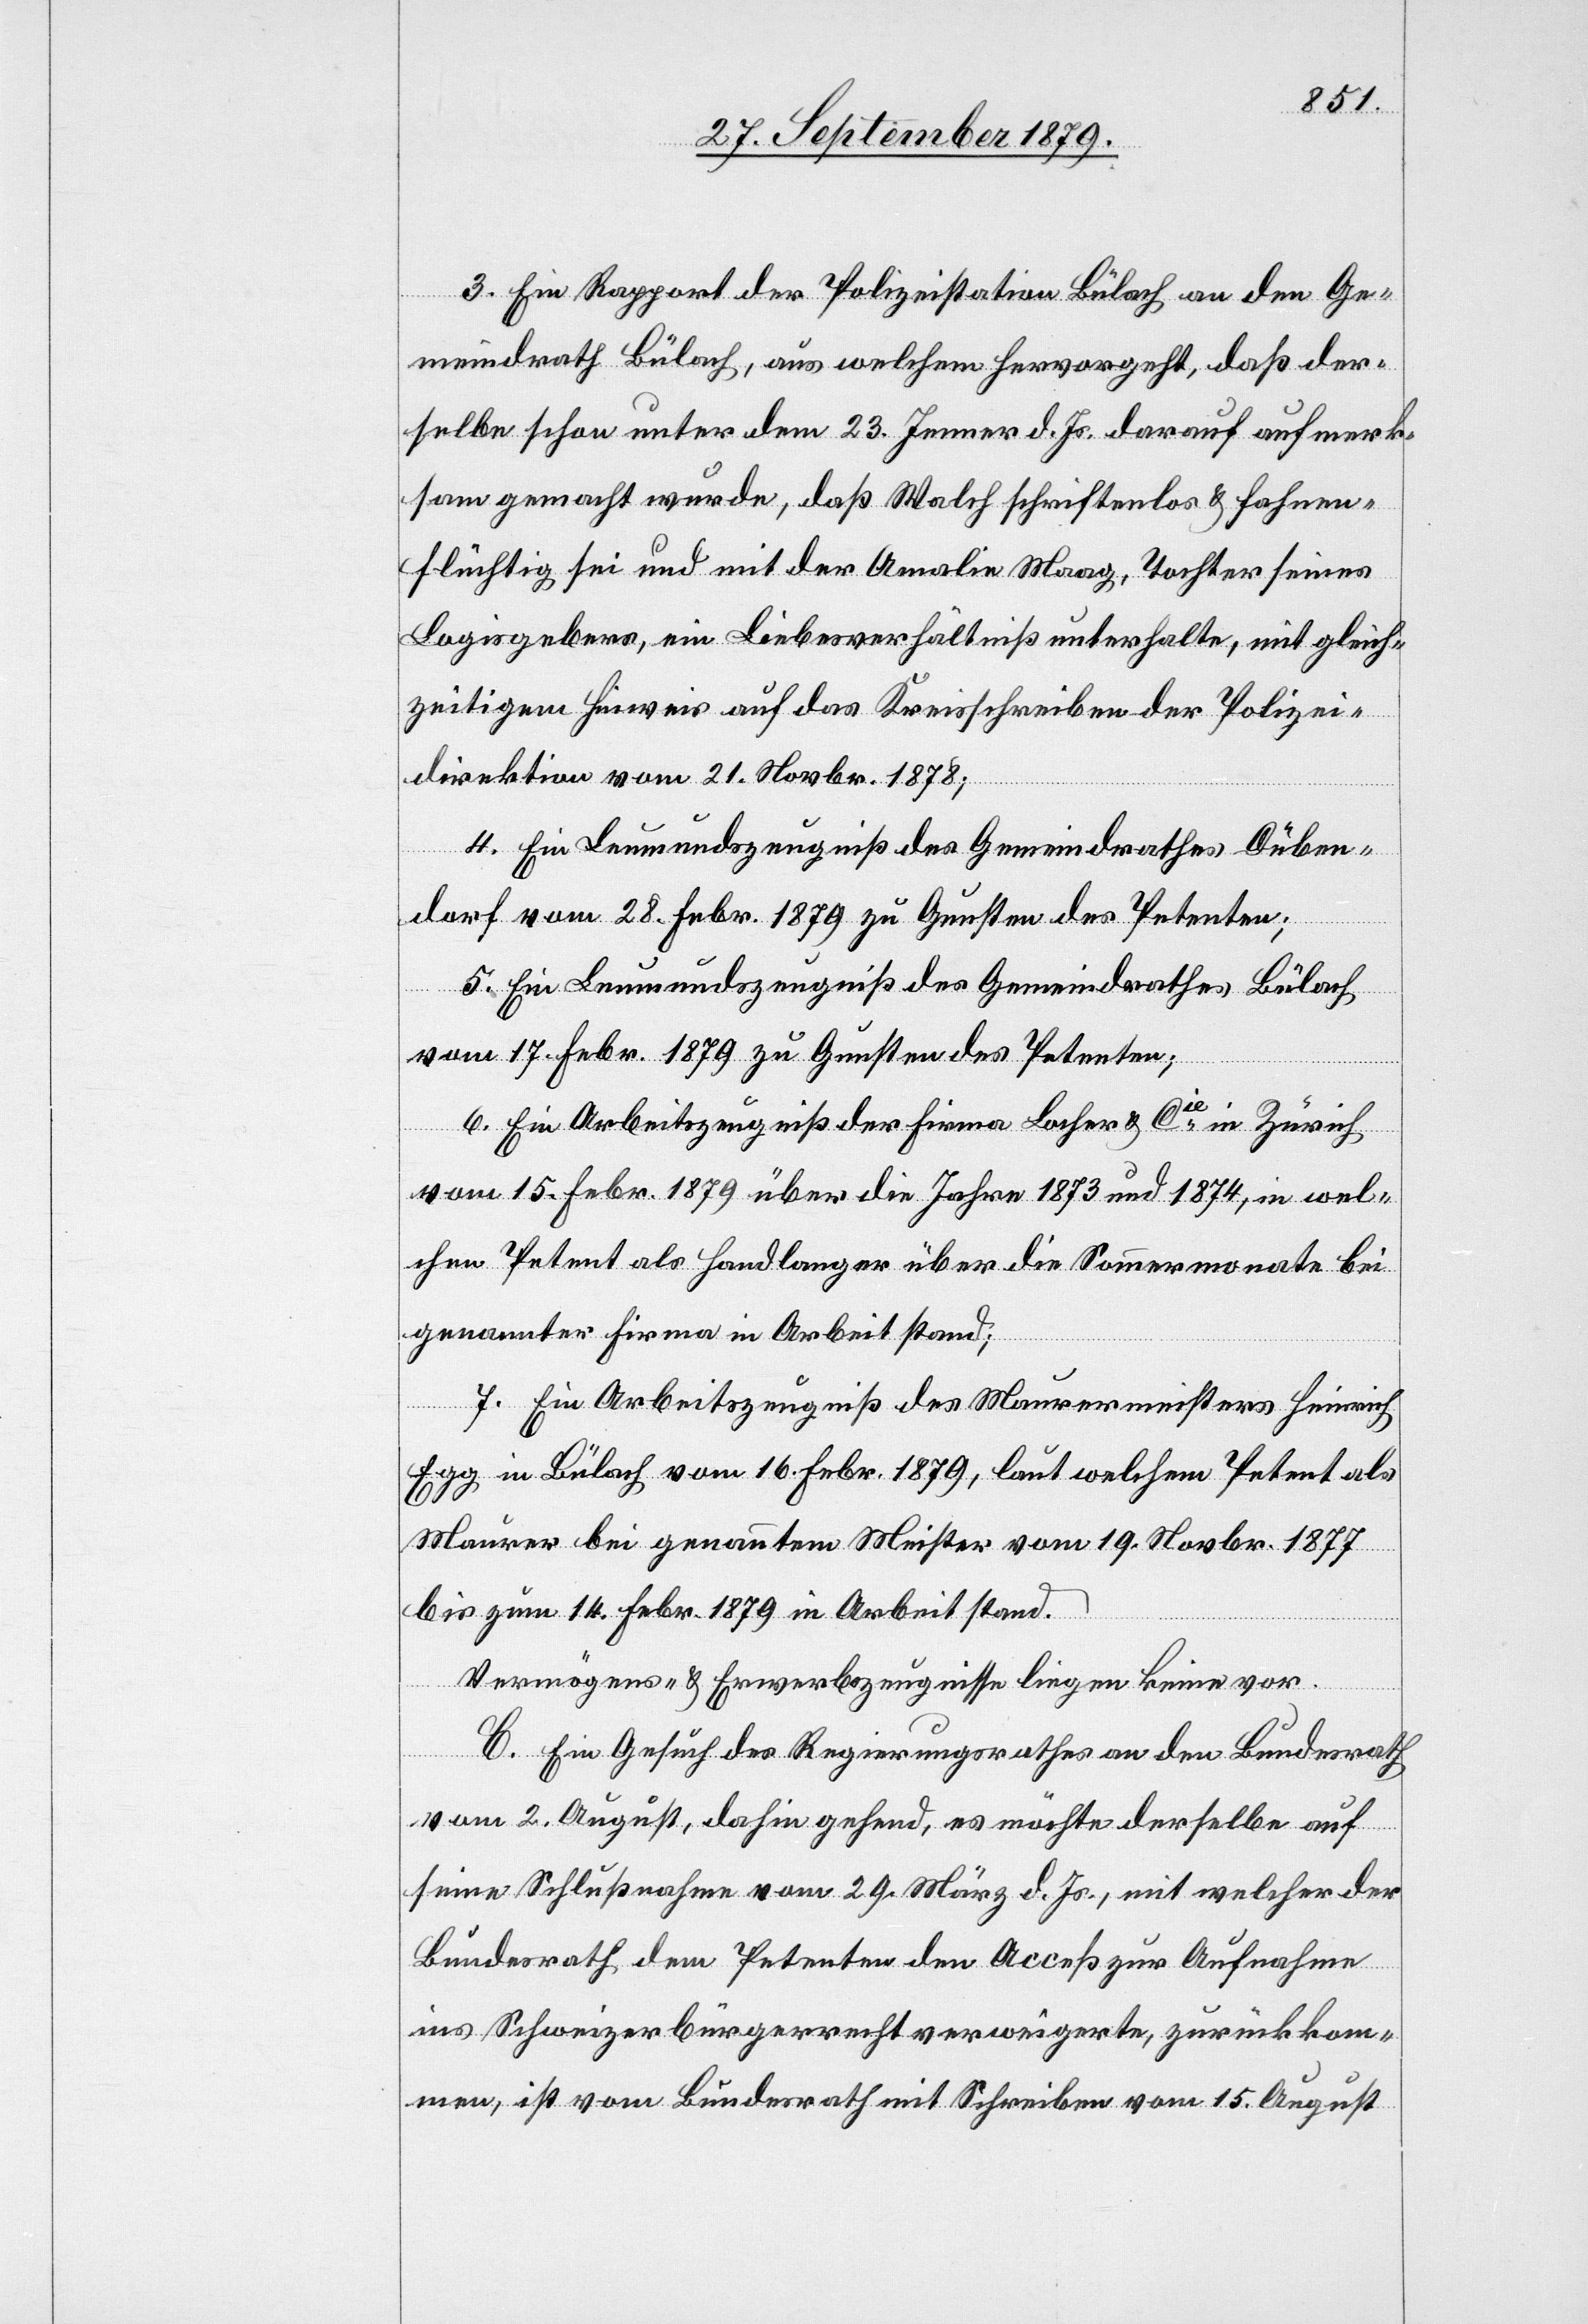
3. Ein Rapport der Polizeistation Bülach an den Ge¬
meindrath Bülach, aus welchem hervorgeht, daß der¬
selbe schon unter dem 23. Jenner d. Js. darauf aufmerk¬
sam gemacht wurde, daß Walch schriftenlos & fahnen¬
flüchtig sei und mit der Amalie Maag, Tochter seines
Logisgebers, ein Liebesverhältniß unterhalte, mit gleich¬
zeitigem Hinweis auf das Kreisschreiben der Polizei¬
direktion vom 21. Novbr. 1878;
4. Ein Leumundszeugniß des Gemeindrathes Düben¬
dorf vom 28. Febr. 1879 zu Gunsten des Petenten;
5. Ein Leumundszeugniß des Gemeindrathes Bülach
vom 17.Febr. 1879 zu Gunsten des Petenten;
6. Ein Arbeitszeugniß der Firma Locher & Cie in Zürich
vom 15. Febr. 1879 über die Jahre 1873 und 1874, in wel¬
chen Petent als Handlanger über die Sommermonate bei
genannter Firma in Arbeit stand;
7. Ein Arbeitszeugniß des Maurermeisters Heinrich
Egg in Bülach vom 16. Febr. 1879, laut welchem Petent als
Maurer bei genanntem Meister vom 19. Novbr. 1877
bis zum 14. Febr. 1879 in Arbeit stand.
Vermögens- & Erwerbszeugnisse liegen keine vor.
C. Ein Gesuch des Regierungsrathes an den Bundesrath
vom 2. August, dahin gehend, es möchte derselbe auf
seine Schlußnahme vom 29. März d. Js., mit welcher der
Bundesrath dem Petenten den Acceß zur Aufnahme
ins Schweizerbürgerrecht verweigere, zurückkom¬
men, ist vom Bundesrath mit Schreiben vom 15. August